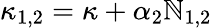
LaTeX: \kappa_{1,2}=\kappa+\alpha_{2}\mathbb{N}_{1,2}